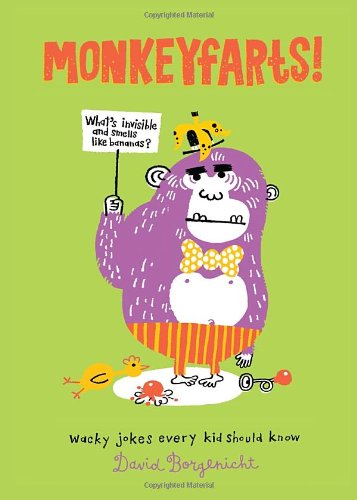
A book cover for Monkeyfarts!: Wacky Jokes Every Kid Should Know; David Borgenicht; Children's Books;